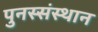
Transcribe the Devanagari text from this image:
पुनस्संस्थान